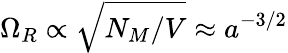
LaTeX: \Omega_{R}\propto\sqrt{N_{M}/V}\approx a^{-3/2}